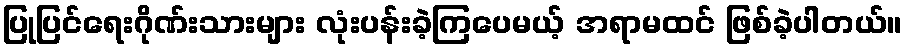
ပြုပြင်ရေးဂိုဏ်းသားများ လုံးပန်းခဲ့ကြပေမယ့် အရာမထင် ဖြစ်ခဲ့ပါတယ်။